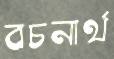
বচনার্থ